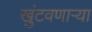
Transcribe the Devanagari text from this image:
खुंटवणाऱ्या